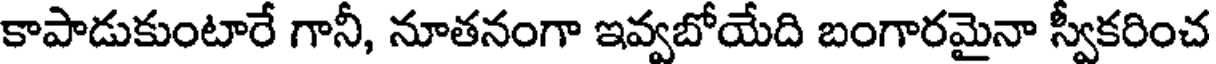
కాపాడుకుంటారే గానీ, నూతనంగా ఇవ్వబోయేది బంగారమైనా స్వీకరించ